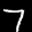
Label: 7